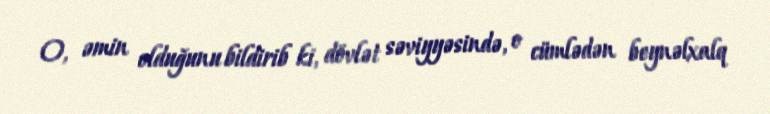
O, əmin olduğunu bildirib ki, dövlət səviyyəsində, o cümlədən beynəlxalq